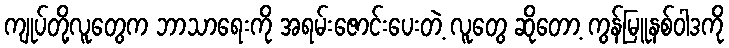
ကျုပ်တို့လူတွေက ဘာသာရေးကို အရမ်းဇောင်းပေးတဲ့ လူတွေ ဆိုတော့ ကွန်မြူနစ်ဝါဒကို